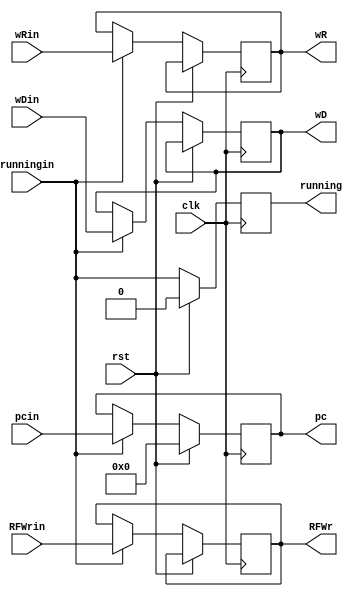
module MEM_WB (
    input wire clk,
    input wire rst,
    
    input wire runningin,
    input wire RFWrin,
    input wire [31:0] pcin,
    input wire [31:0] wDin,
    input wire [31:0] wRin,

    output reg running,
    output reg RFWr,
    output reg [31:0] pc,
    output reg [31:0] wD,
    output reg [31:0] wR
);

    always @(posedge clk) begin
        if (rst) begin
            running<=0;
            // RFWr<=0;
            pc<=0;
            // wD=0;
            // wR=0;
        end else begin
            if (runningin) begin
                RFWr<=RFWrin;
                pc<=pcin;
                wD<=wDin;
                wR<=wRin;
            end
            running<=runningin;
        end
        
    end
    
endmodule